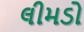
લીમડો